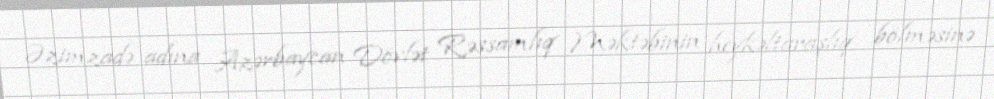
Əzimzadə adına Azərbaycan Dövlət Rəssamlıq Məktəbinin heykəltaraşlıq bölməsinə